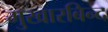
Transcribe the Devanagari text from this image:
मुखारबिन्द